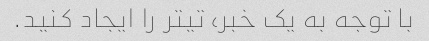
با توجه به یک خبر، تیتر را ایجاد کنید.